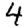
Digit: 4